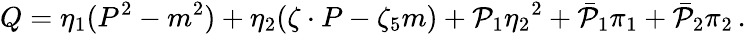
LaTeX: Q=\eta_{1}(P^{2}-m^{2})+\eta_{2}(\zeta\cdot P-\zeta_{5}m)+{\cal P}_{1}{\eta_{2}}^{2}+{\bar{\cal P}}_{1}\pi_{1}+{\bar{\cal P}}_{2}\pi_{2}\, .